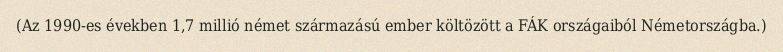
(Az 1990-es években 1,7 millió német származású ember költözött a FÁK országaiból Németországba.)